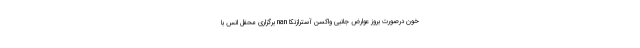
خون درصورت بروز عوارض جانبی واکسن آسترازنکا nan برگزاری محفل انس با